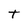
Character: T